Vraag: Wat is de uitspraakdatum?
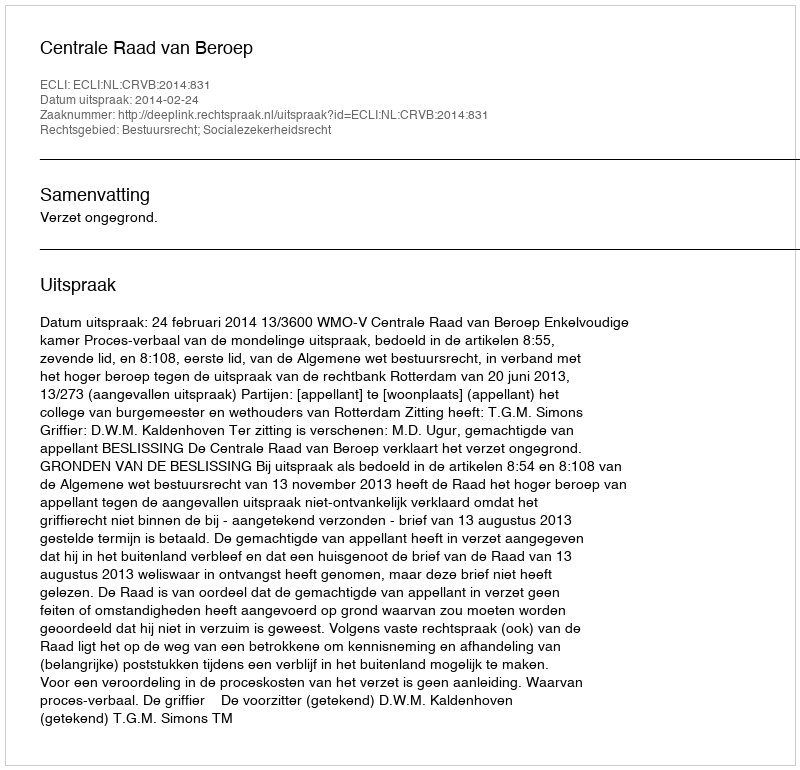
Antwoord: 2014-02-24